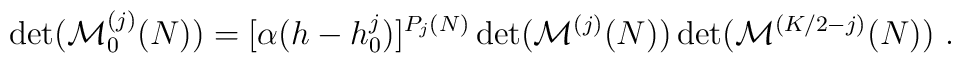
\det({\cal M}^{(j)}_0 (N))=[\alpha (h-h^j_0 )]^{P_j (N)} \det({\cal M}^{(j)} (N)) \det({\cal M}^{(K/2-j)} (N)){}~.